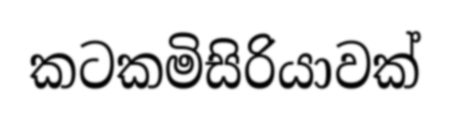
කටකමිසිරියාවක්